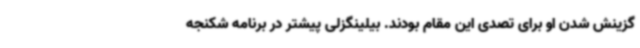
گزینش شدن او برای تصدی این مقام بودند. بیلینگزلی پیشتر در برنامه شکنجه